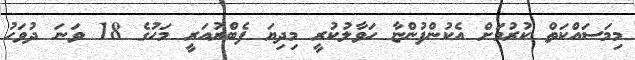
މިމަސައްކަތް ކުރުމަށް އެކުންފުންޏާ ހަވާލުކުރީ މިދިޔަ ފެބްރުއަރީ މަހުގެ 18 ވަނަ ދުވަހު